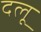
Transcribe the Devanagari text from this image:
दलू